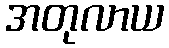
အတုလာယ